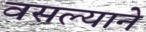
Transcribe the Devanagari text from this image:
वसल्याने